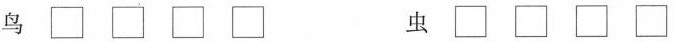
鸟□□□□ 虫□□□□